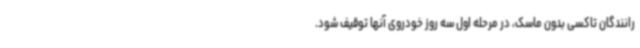
رانندگان تاکسی بدون ماسک، در مرحله اول سه روز خودروی آنها توقیف شود.